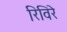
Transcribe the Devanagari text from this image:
रिविरे